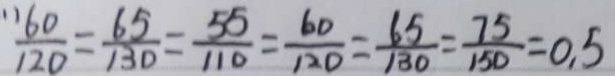
1 ) \frac { 6 0 } { 1 2 0 } = \frac { 6 5 } { 1 3 0 } = \frac { 5 5 } { 1 1 0 } = \frac { 6 0 } { 1 2 0 } = \frac { 6 5 } { 1 3 0 } = \frac { 7 5 } { 1 5 0 } = 0 . 5